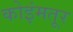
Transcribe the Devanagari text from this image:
कोइंमतूर